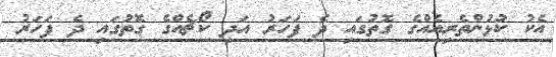
އެކު ކުޅުންތެރިއެއްގެ ގޮތުގައި ދެ ފަހަރު އަދި ކޯޗެއްގެ ގޮތުގައި ދެ ފަހަރު